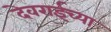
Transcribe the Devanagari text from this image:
देवराईच्या